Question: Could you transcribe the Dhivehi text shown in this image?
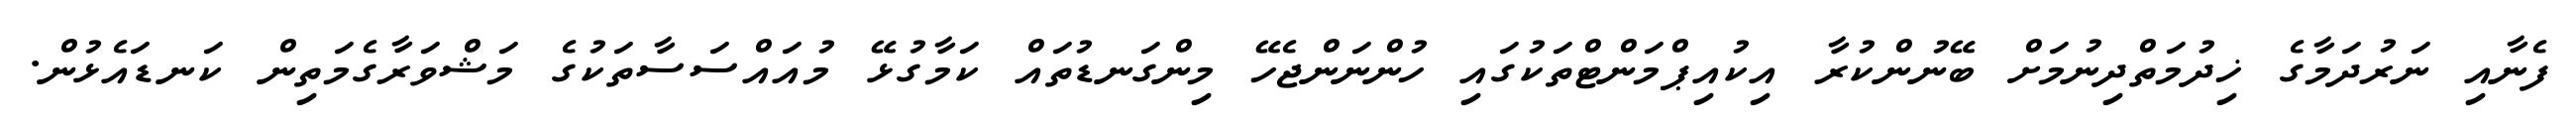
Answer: ފެނާއި ނަރުދަމާގެ ޚިދުމަތްދިނުމަށް ބޭނުންކުރާ އިކުއިޕްމަންޓްތަކުގައި ހުންނަންޖެހޭ މިންގަނޑުތައް ކަމާގުޅޭ މުއައްސަސާތަކުގެ މަޝްވަރާގެމަތިން ކަނޑައެޅުން.